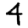
Digit: 4